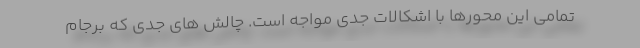
تمامی این محورها با اشکالات جدی مواجه است. چالش های جدی که برجام